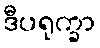
ဒီပရုက္ခာ